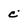
Character: c